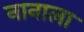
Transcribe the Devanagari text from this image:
नानाला